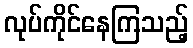
လုပ်ကိုင်နေကြသည့်